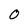
Character: 0